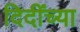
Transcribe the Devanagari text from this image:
दिदींच्या